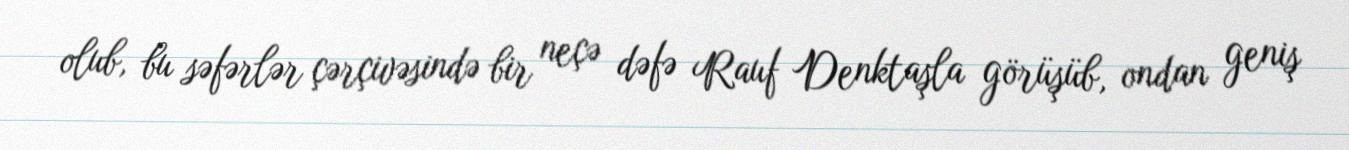
olub, bu səfərlər çərçivəsində bir neçə dəfə Rauf Denktaşla görüşüb, ondan geniş